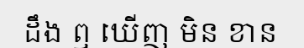
ដឹង ឮ ឃើញ មិន ខាន